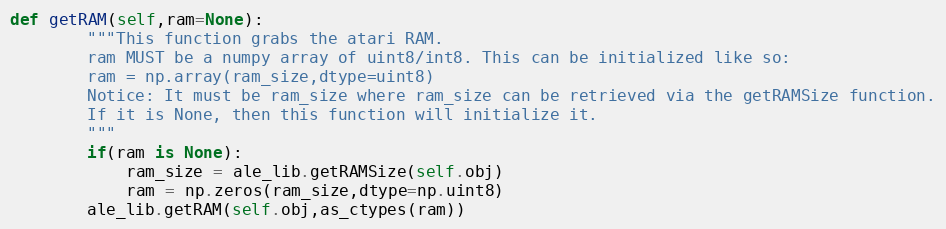
Language: Python
def getRAM(self,ram=None):
        """This function grabs the atari RAM.
        ram MUST be a numpy array of uint8/int8. This can be initialized like so:
        ram = np.array(ram_size,dtype=uint8)
        Notice: It must be ram_size where ram_size can be retrieved via the getRAMSize function.
        If it is None, then this function will initialize it.
        """
        if(ram is None):
            ram_size = ale_lib.getRAMSize(self.obj)
            ram = np.zeros(ram_size,dtype=np.uint8)
        ale_lib.getRAM(self.obj,as_ctypes(ram))